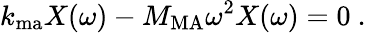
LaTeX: k_{\mathrm{ma}}X(\omega)-M_{\mathrm{MA}}\omega^{2}X(\omega)=0~.